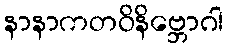
နာနာကတဝိနိဗ္ဘောဂါ